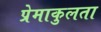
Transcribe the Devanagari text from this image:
प्रेमाकुलता